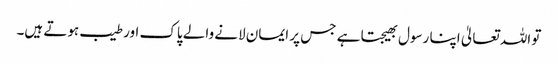
تو اللہ تعالیٰ اپنا رسول بھیجتا ہے جس پر ایمان لانے والے پاک اور طیب ہوتے ہیں۔